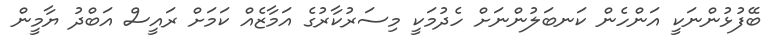
ބޭފުޅުންނަކީ އަންހެން ކަނބަލުންނަށް ހެދުމަކީ މިސަރުކާރުގެ އަމާޒެއް ކަމަށް ރައީސް އަބްދު ޔާމީން